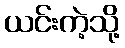
ယင်းကဲ့သို့